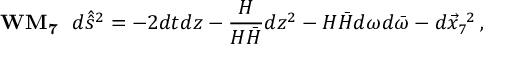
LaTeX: { \bf W M _ { 7 } } \, \, \, \, d \hat { \hat { s } } { } ^ { 2 } = - 2 d t d z - \frac { H } { { \cal H } \bar { \cal H } } d z ^ { 2 } - { \cal H } \bar { \cal H } d \omega d \bar { \omega } - d \vec { x } _ { 7 } ^ { \ 2 } \, ,